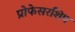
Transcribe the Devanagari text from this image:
प्रोफेसरशिप